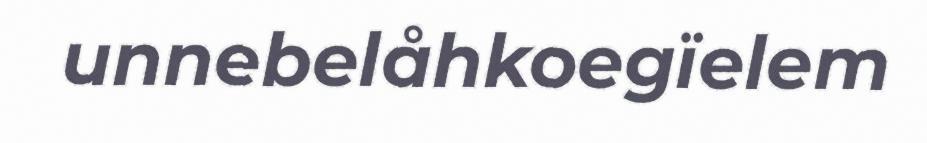
unnebelåhkoegïelem